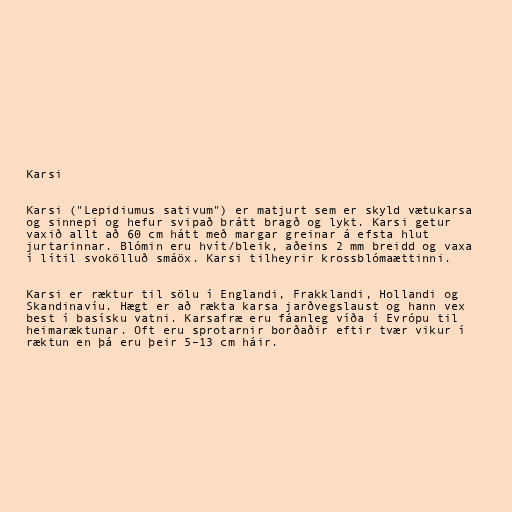
Karsi

Karsi ("Lepidiumus sativum") er matjurt sem er skyld vætukarsa
og sinnepi og hefur svipað brátt bragð og lykt. Karsi getur
vaxið allt að 60 cm hátt með margar greinar á efsta hlut
jurtarinnar. Blómin eru hvít/bleik, aðeins 2 mm breidd og vaxa
í lítil svokölluð smáöx. Karsi tilheyrir krossblómaættinni.

Karsi er ræktur til sölu í Englandi, Frakklandi, Hollandi og
Skandinavíu. Hægt er að rækta karsa jarðvegslaust og hann vex
best í basísku vatni. Karsafræ eru fáanleg víða í Evrópu til
heimaræktunar. Oft eru sprotarnir borðaðir eftir tvær vikur í
ræktun en þá eru þeir 5–13 cm háir.